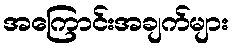
အကြောင်းအချက်များ